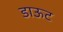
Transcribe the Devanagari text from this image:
डाऊट